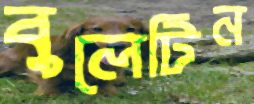
বুলেটিন